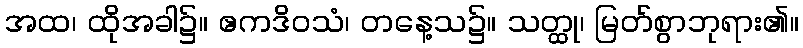
အထ၊ ထိုအခါ၌။ ဧကဒိဝသံ၊ တနေ့သ၌။ သတ္ထု၊ မြတ်စွာဘုရား၏။